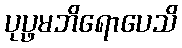
ပုပ္ဖမဘိရောပေသိ